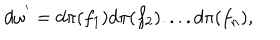
d { \omega } ^ { ' } = d { \pi } ( f _ { 1 } ) d { \pi } ( f _ { 2 } ) . . . . d { \pi } ( f _ { n } ) ,